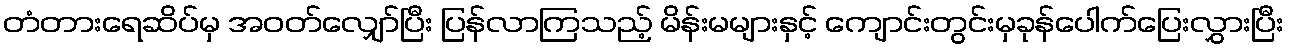
တံတားရေဆိပ်မှ အဝတ်လျှော်ပြီး ပြန်လာကြသည့် မိန်းမများနှင့် ကျောင်းတွင်းမှခုန်ပေါက်ပြေးလွှားပြီး